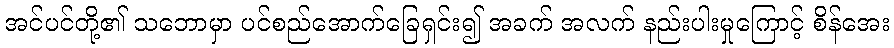
အင်ပင်တို့၏ သဘောမှာ ပင်စည်အောက်ခြေရှင်း၍ အခက် အလက် နည်းပါးမှုကြောင့် စိန်အေး